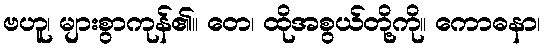
ဗဟူ၊ များစွာကုန်၏။ တေ၊ ထိုအစွယ်တို့ကို။ ကောဓနာ၊